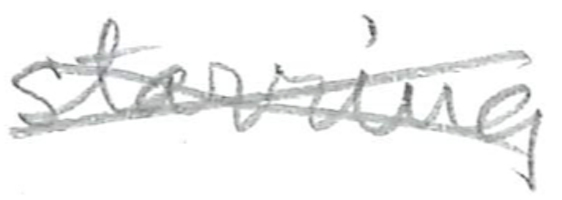
Text: starring
Cross-out: mix
Writing tool: pencil